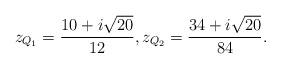
LaTeX: \begin{align*}z_{Q_{1}} = \frac{10+i\sqrt{20}}{12},z_{Q_{2}} = \frac{34+i\sqrt{20}}{84}.\end{align*}